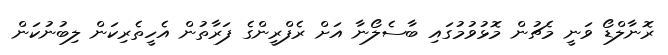
ރޮނާލްޑޯ ވަނީ މެޗުން މޮޅުވުމުގައި ބާސެލޯނާ އަށް ރެފްރީންގެ ފަރާތުން އެހީތެރިކަން ލިބުނުކަން